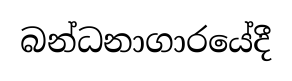
බන්ධනාගාරයේදී